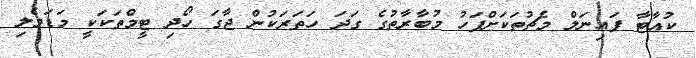
ކުއާޓާ ފައިނަލް މެޗުތަކަށްފަހު މުބާރާތުގެ ގަދަ ހަތަރަކުން ޖާގަ ހޯދި ޓީމްތަކަކީ މަޑަވެލި